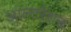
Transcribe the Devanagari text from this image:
आल्टरेशन